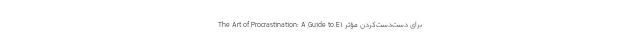
برای دست‌دست‌کردنِ مؤثر (The Art of Procrastination: A Guide to E